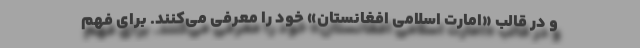
و در قالب «امارت اسلامی افغانستان» خود را معرفی می‌کنند. برای فهم